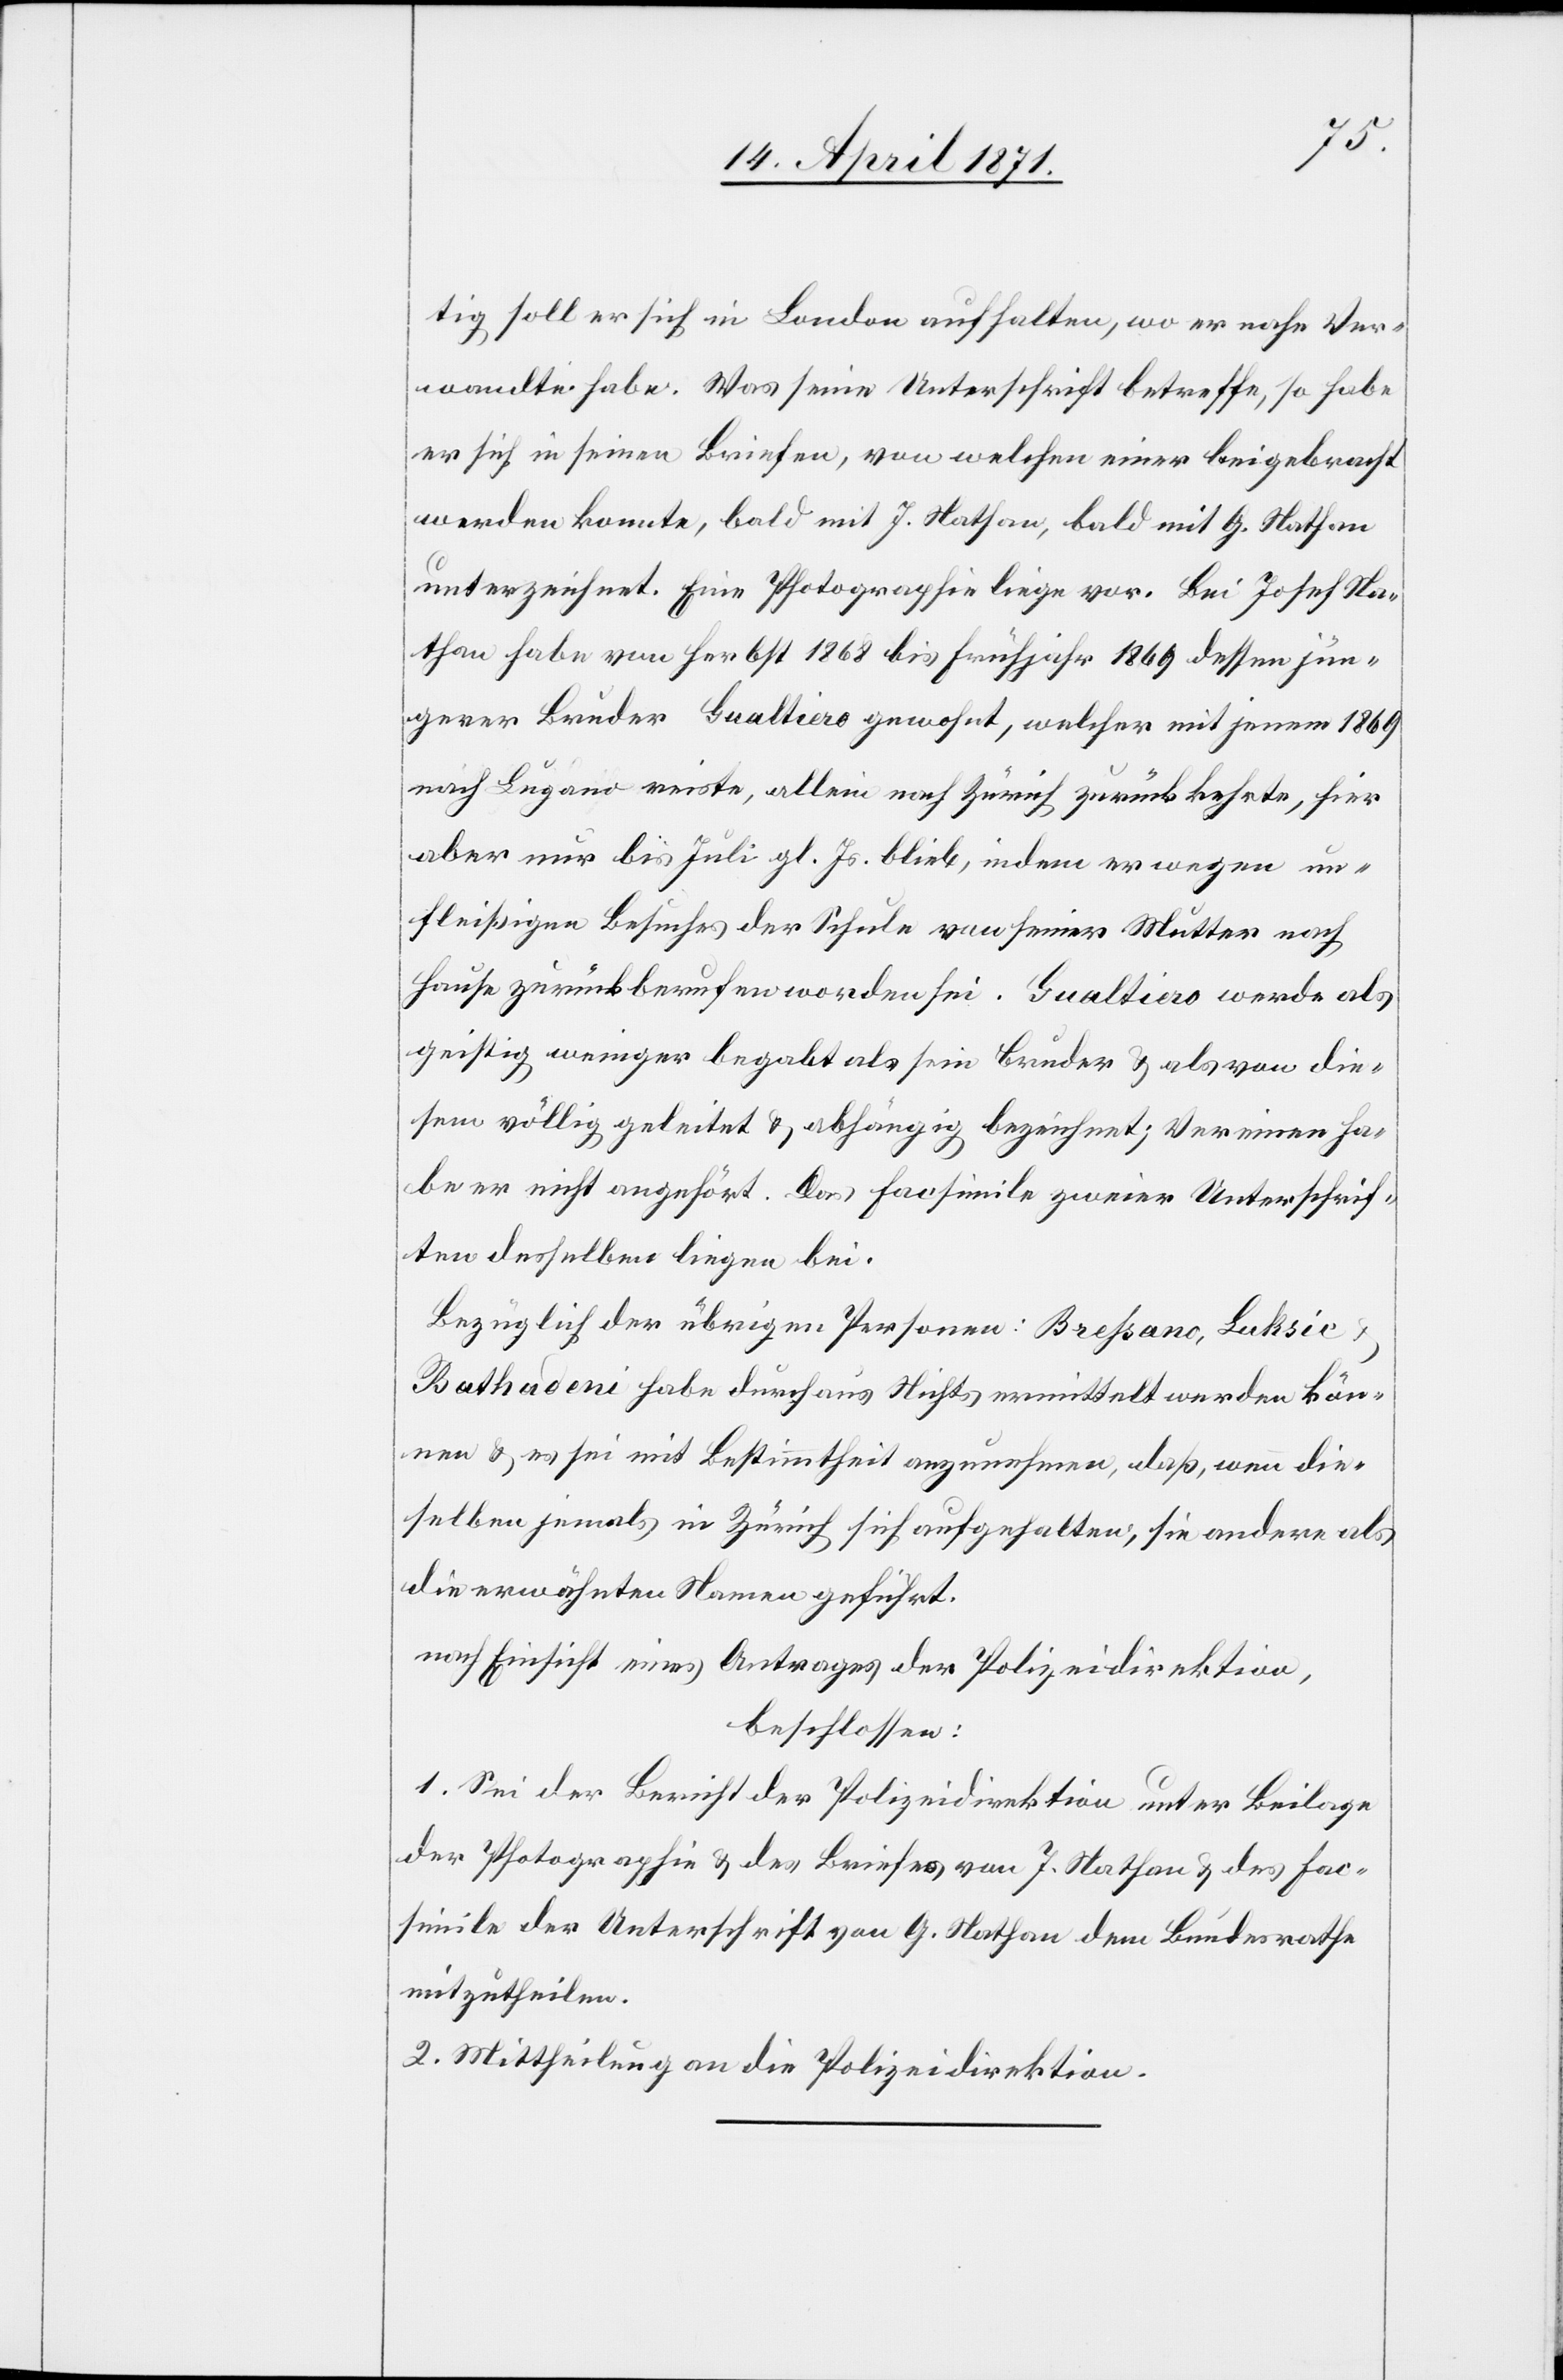
u.
tig soll er sich in London aufhalten, wo er nahe Ver¬
wandte habe. Was seine Unterschrift betreffe, so habe
er sich in seinen Briefen, von welchen einer beigebracht
werden konnte, bald mit J. Nathan, blad mit G. Nathan
unterzeichnet. Eine Photographie liege vor. Bei Josef Na¬
than habe vom Herbst 1868 bis Frühjahr 1869 dessen jün¬
gerer Bruder Gualtiero gewohnt, welcher mit jenem 1869
nach Lugano reiste, allein nach Zürich zurückkehrte, hier
aber nur bis Juli gl. Js. blieb, indem er wegen un¬
fleißigen Besuches der Schule von seiner Mutter nach
Hause zurückberufen worden sei. Gualtiero werde als
geistig weniger begabt als sein Bruder u. als von die¬
sem völlig geleitet u. abhängig bezeichnet; Vereinen ha¬
be er nicht angehört. Das Facsimile zweier Unterschrif¬
ten desselben liegen bei.
Bezüglich der übrigen Personen: Breßano, Luksic
[sic!] habe durchaus Nichts ermittelt werden kön¬
nen u. es sei mit Bestimmtheit anzunehmen, daß, wenn die¬
selben jemals in Zürich sich aufgehalten, sie andere als
die erwähnten Namen geführt.
nach Einsicht eines Antrages der Polizeidirektion,
beschlossen:
1. Sei der Bericht der Polizeidirektion unter Beilage
der Photographie u. des Briefes von J. Nathan u. des Fac¬
simile der Unterschrift von G. Nathan dem Bundesrathe
mitzutheilen.
2. Mittheilung an die Polizeidirektion.